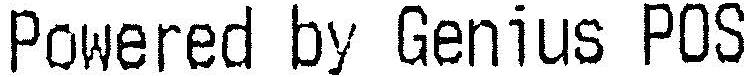
POWERED BY GENIUS POS